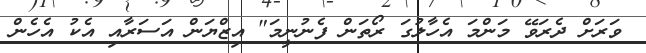
ވަރަށް ދެރަވޭ މަންމަ އެހާލުގަ ރޯތަން ފެނުނީމަ" އިޒްޔަން އަސަރާއި އެކު އެހެން